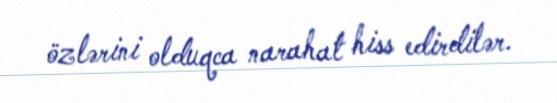
özlərini olduqca narahat hiss edirdilər.